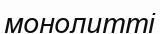
монолитті